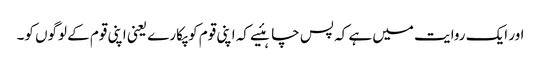
اور ایک روایت میں ہے کہ پس چاہئیے کہ اپنی قوم کو پکارے یعنی اپنی قوم کے لوگوں کو۔